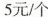
5元/个